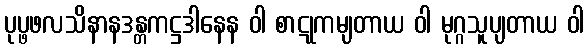
ပုပ္ဖဖလသိနာနဒန္တကဋ္ဌဒါနေန ဝါ စာဋုကမျတာယ ဝါ မုဂ္ဂသူပျတာယ ဝါ